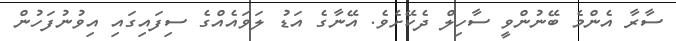
ސާރާ އެންމެ ބޭނުންވީ ސާހިލް ދެކޭށެވެ. އޭނާގެ އަޑު ލަވައެއްގެ ސިފައިގައި އިވުނުފަހުން